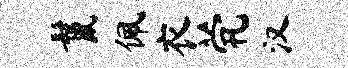
鬣佩衣茕汉